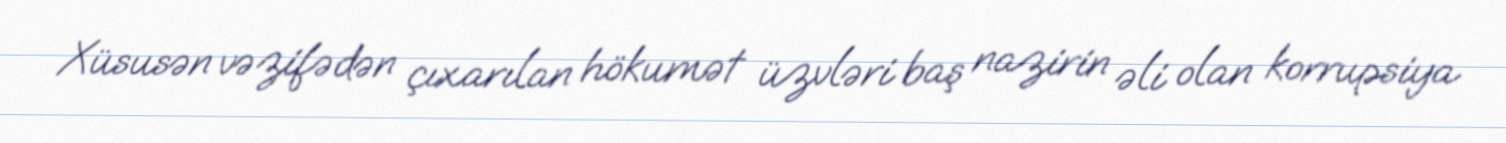
Xüsusən vəzifədən çıxarılan hökumət üzvləri baş nazirin əli olan korrupsiya